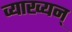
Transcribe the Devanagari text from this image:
व्याख्यन्